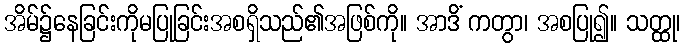
အိမ်၌နေခြင်းကိုမပြုခြင်းအစရှိသည်၏အဖြစ်ကို။ အာဒိံ ကတွာ၊ အစပြု၍။ သတ္ထု၊